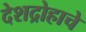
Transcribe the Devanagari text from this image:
देशद्रोहाचे